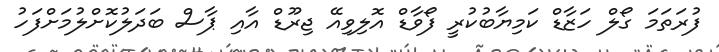
ފުރަތަމަ ގޯލް ހަޒާޑް ކަމިޔާބުކުރީ ފޯވާޑް އޮލިވިއޭ ޖިރޫޑް އާއި ޕާސް ބަދަލުކޮށްލުމަށްފަހު